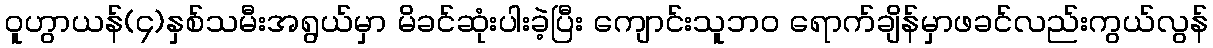
ဝူဟွာယန်(၄)နှစ်သမီးအရွယ်မှာ မိခင်ဆုံးပါးခဲ့ပြီး ကျောင်းသူဘဝ ရောက်ချိန်မှာဖခင်လည်းကွယ်လွန်